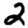
Digit: 2